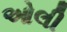
ઓલી